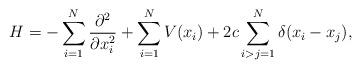
LaTeX: \begin{align*}H = - \sum_{i=1}^{N}\frac{\partial^{2} }{\partial x_{i}^{2} }+ \sum_{i=1}^{N}V(x_{i}) + 2c\sum_{i > j = 1 }^{N}\delta (x_{i} - x_{j} ),\end{align*}